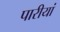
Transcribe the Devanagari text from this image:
पारीयां